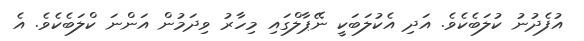
އުފެދުނު ކުލަބެކެވެ. އަދި އެކުލަބަކީ ނޭޕާލްގައި މިހާރު ވިދަމުން އަންނަ ކްލަބެކެވެ. އެ